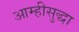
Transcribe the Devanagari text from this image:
आम्हीसुद्धा